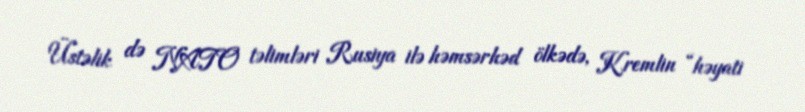
Üstəlik də NATO təlimləri Rusiya ilə həmsərhəd ölkədə, Kremlin “həyati